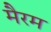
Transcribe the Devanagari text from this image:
मैरम